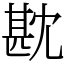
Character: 㽎